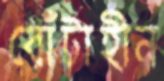
বোঁটাহীন